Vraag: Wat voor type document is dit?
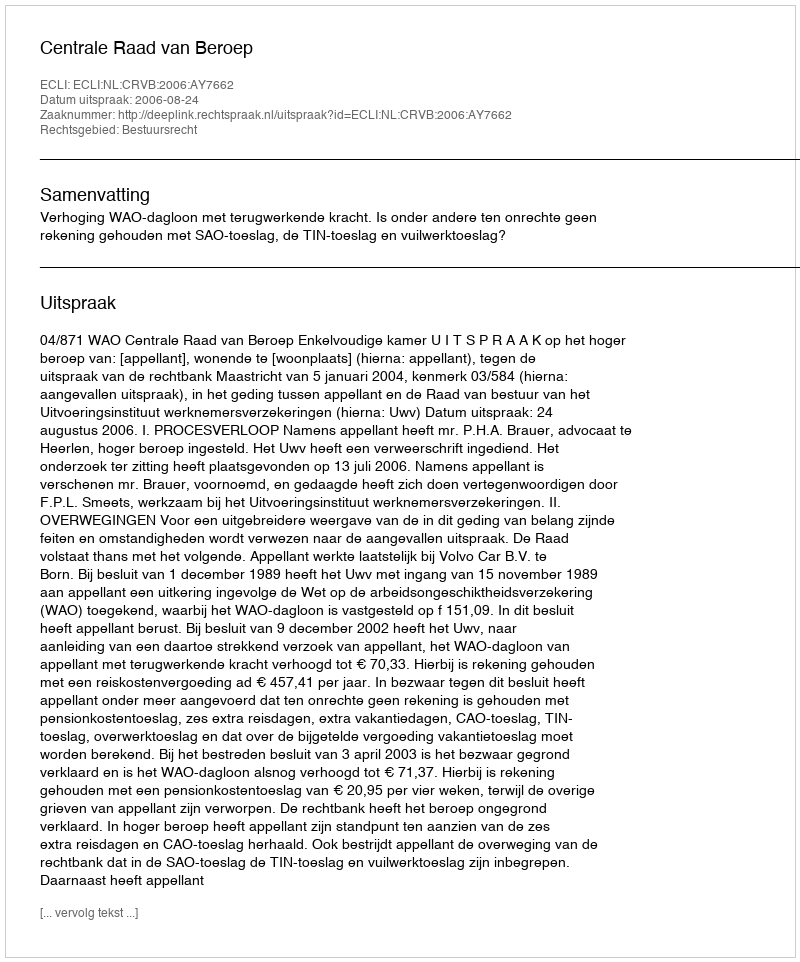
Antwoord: Uitspraak